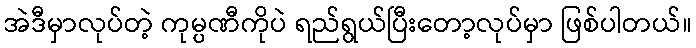
အဲဒီမှာလုပ်တဲ့ ကုမ္ပဏီကိုပဲ ရည်ရွယ်ပြီးတော့လုပ်မှာ ဖြစ်ပါတယ်။